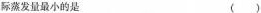
际蒸发量最小的是 ( )